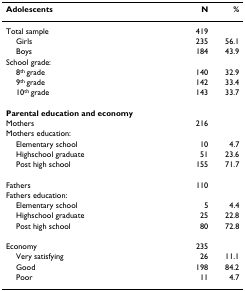
<table><thead><tr><td><b>Adolescents</b></td><td><b>N</b></td><td><b>%</b></td></tr></thead><tbody><tr><td>Total sample</td><td>419</td><td></td></tr><tr><td> Girls</td><td>235</td><td>56.1</td></tr><tr><td> Boys</td><td>184</td><td>43.9</td></tr><tr><td>School grade:</td><td></td><td></td></tr><tr><td> 8<sup>th </sup>grade</td><td>140</td><td>32.9</td></tr><tr><td> 9<sup>th </sup>grade</td><td>142</td><td>33.4</td></tr><tr><td> 10<sup>th </sup>grade</td><td>143</td><td>33.7</td></tr><tr><td><b>Parental education and economy</b></td><td></td><td></td></tr><tr><td>Mothers</td><td>216</td><td></td></tr><tr><td>Mothers education:</td><td></td><td></td></tr><tr><td> Elementary school</td><td>10</td><td>4.7</td></tr><tr><td> Highschool graduate</td><td>51</td><td>23.6</td></tr><tr><td> Post high school</td><td>155</td><td>71.7</td></tr><tr><td>Fathers</td><td>110</td><td></td></tr><tr><td>Fathers education:</td><td></td><td></td></tr><tr><td> Elementary school</td><td>5</td><td>4.4</td></tr><tr><td> Highschool graduate</td><td>25</td><td>22.8</td></tr><tr><td> Post high school</td><td>80</td><td>72.8</td></tr><tr><td>Economy</td><td>235</td><td></td></tr><tr><td> Very satisfying</td><td>26</td><td>11.1</td></tr><tr><td> Good</td><td>198</td><td>84.2</td></tr><tr><td> Poor</td><td>11</td><td>4.7</td></tr></tbody></table>